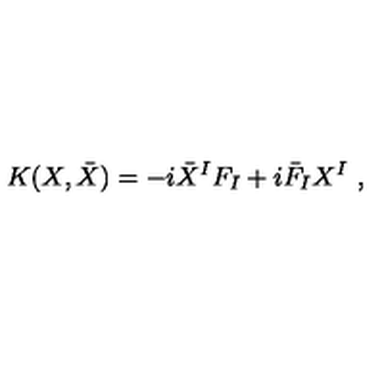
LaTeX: K ( X , \bar { X } ) = - i { \bar { X } } ^ { I } F _ { I } + i { \bar { F } } _ { I } X ^ { I } \ ,